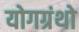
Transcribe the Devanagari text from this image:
योगग्रंथो